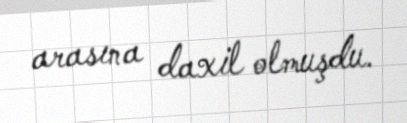
arasına daxil olmuşdu.